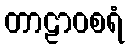
တာဠာဝစရံ